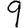
Digit: 9